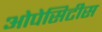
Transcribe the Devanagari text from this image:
ओपेसिटीस